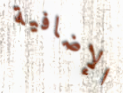
الإضافية